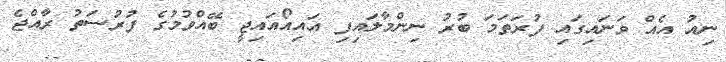
ނިއު އެއް ވަނައިގައި ފުރަތަމަ ބުރު ނިންމާލައިފި އައިއޯއައިޖީ ބޭއްވުމުގެ ފުރުސަތު ރާއްޖެ